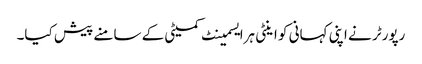
رپورٹر نے اپنی کہانی کو اینٹی ہرایسمینٹ کمیٹی کے سامنے پیش کیا۔